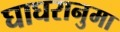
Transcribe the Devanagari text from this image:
घाघरानुमा